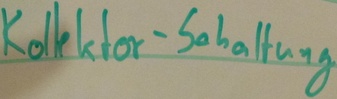
Text: Kollektor-Schaltung